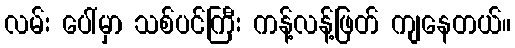
လမ်း ပေါ်မှာ သစ်ပင်ကြီး ကန့်လန့်ဖြတ် ကျနေတယ်။